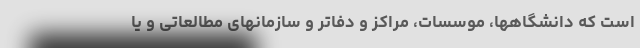
است که دانشگاهها، موسسات، مراکز و دفاتر و سازمانهای مطالعاتی و یا